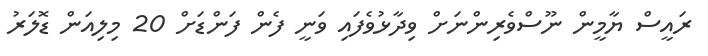
ރައީސް ޔާމީން ނޫސްވެރިންނަށް ވިދާޅުވެފައި ވަނީ ފެން ފަންޑަށް 20 މިލިއަން ޑޮލަރު